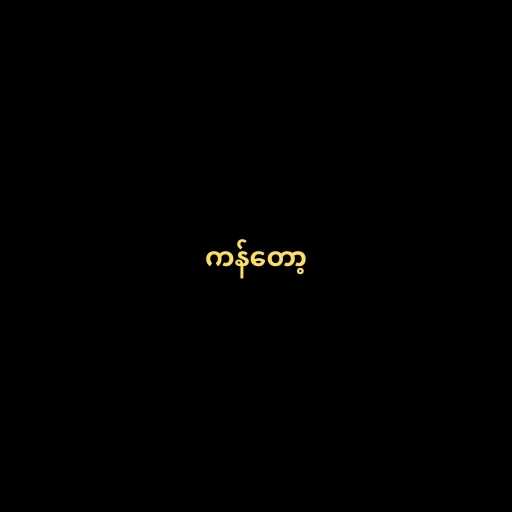
ကန်တော့